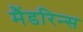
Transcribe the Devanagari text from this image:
मैंडरिन्स